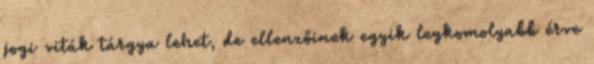
jogi viták tárgya lehet, de ellenzőinek egyik legkomolyabb érve